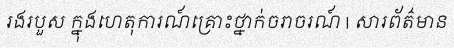
រងរបួស ក្នុងហេតុការណ៍គ្រោះថ្នាក់ចរាចរណ៍ | សារព័ត៌មាន